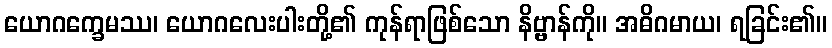
ယောဂက္ခေမဿ၊ ယောဂလေးပါးတို့၏ ကုန်ရာဖြစ်သော နိဗ္ဗာန်ကို။ အဓိဂမာယ၊ ရခြင်း၏။